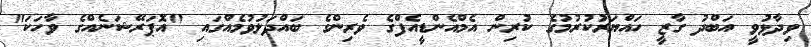
ވިދާޅުވީ އަބްދު ގާޒީ ހައްޔަރުކުރުމުގެ ކުރިން އެމްއެންޑީއެފްގެ ވެރިންގެ ބައްދަލުވުމެއްގައި "އޮޕަރޭޝަނެއްގެ ވާހަކަ"